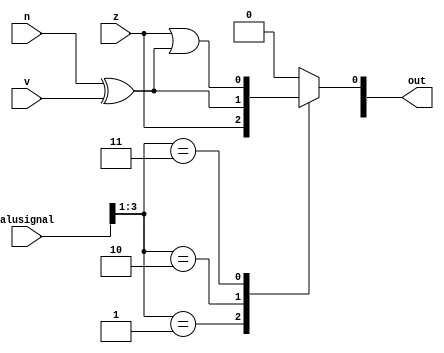
/*
   This file was generated automatically by Alchitry Labs version 1.2.7.
   Do not edit this file directly. Instead edit the original Lucid source.
   This is a temporary file and any changes made to it will be destroyed.
*/

module comparator_8 (
    input z,
    input v,
    input n,
    input [5:0] alusignal,
    output reg [15:0] out
  );
  
  
  
  always @* begin
    
    case (alusignal[1+2-:3])
      2'h1: begin
        out[0+0-:1] = z;
      end
      2'h2: begin
        out[0+0-:1] = n ^ v;
      end
      2'h3: begin
        out[0+0-:1] = z | (n ^ v);
      end
      default: begin
        out[0+0-:1] = 1'h0;
      end
    endcase
  end
endmodule